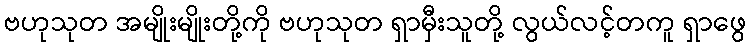
ဗဟုသုတ အမျိုးမျိုးတို့ကို ဗဟုသုတ ရှာမှီးသူတို့ လွယ်လင့်တကူ ရှာဖွေ